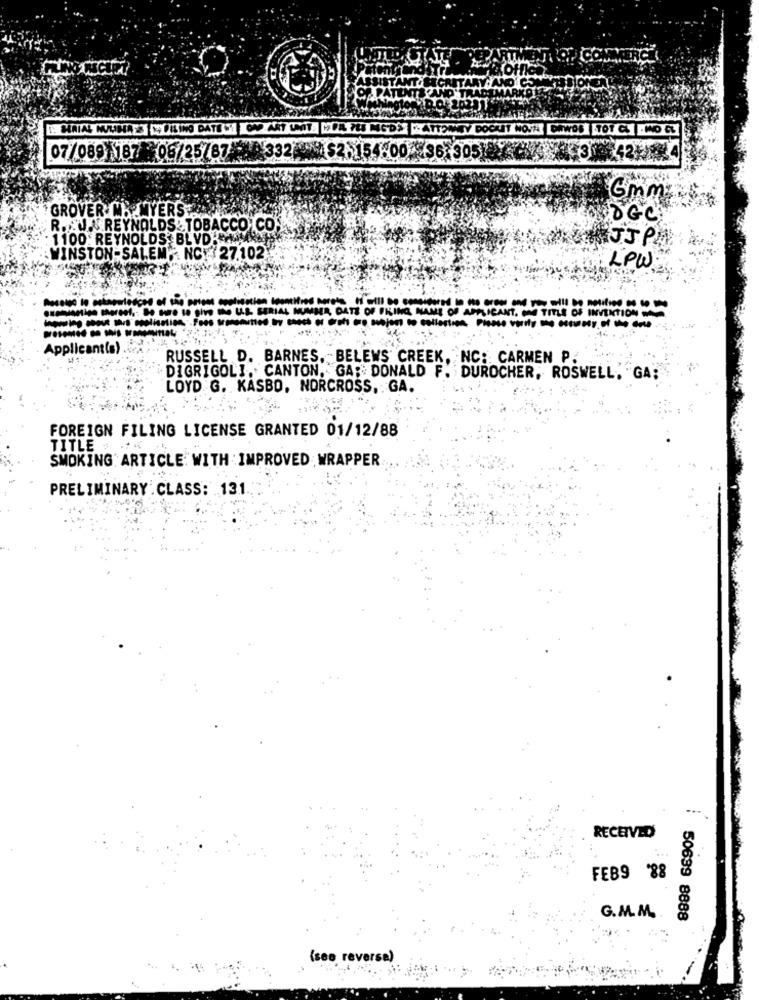
ANO COM
07/089 187 -08/25787 -83
Gmm
GROVER.CH.MYERS
OGC
R. U.REYNOLDS : TOBACCO CO.
1100. REYNOLDS: BLVD.
JJPA
WINSTON- SALEM *. NO.27.102
LOW
DATE OF PKING NAME OF APPLICANT, AND TITLE OF INVENTION WAM
-------------
vs coolis
Applicantla) .
RUSSELL D. BARNES. BELEWS CREEK, NC: CARMEN P.
DIGRIGOLI. CANTON, GA;" DONALD F. DUROCHER, ROSWELL. "GA;
LOYD G. KASBO, NORCROSS, GA.
FOREIGN FILING LICENSE GRANTED 01/12/88
TITLE
SMOKING ARTICLE WITH IMPROVED WRAPPER
PRELIMINARY CLASS: 131.
RECEIVED
FEB9 88
G.M. M.
50639 8888
(see reverse)